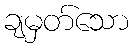
ချမှတ်သော